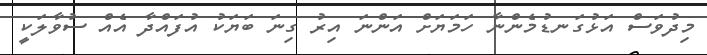
މިދުވަސް އަޅުގަނޑުމެންނާ ހަމަޔަށް އަންނަ އިރު ގިނަ ބަޔަކު އުފައްދާ އެއް ސުވާލަކީ